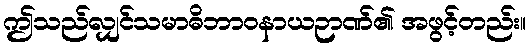
ဤသည်လျှင်သမာဓိဘာဝနာယဉာဏ်၏ အဖွင့်တည်း။